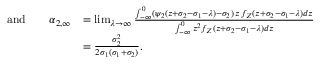
\begin{array} { r l } { \mathrm { a n d } \qquad \alpha _ { 2 , \infty } } & { = \operatorname* { l i m } _ { \lambda \to \infty } \frac { \int _ { - \infty } ^ { 0 } ( \psi _ { 2 } ( z + \sigma _ { 2 } - \sigma _ { 1 } - \lambda ) - \sigma _ { 2 } ) \, z \, f _ { Z } ( z + \sigma _ { 2 } - \sigma _ { 1 } - \lambda ) d z } { \int _ { - \infty } ^ { 0 } z ^ { 2 } f _ { Z } ( z + \sigma _ { 2 } - \sigma _ { 1 } - \lambda ) d z } } \\ & { = \frac { \sigma _ { 2 } ^ { 2 } } { 2 \sigma _ { 1 } ( \sigma _ { 1 } + \sigma _ { 2 } ) } . } \end{array}